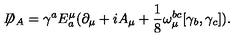
\not { \! \! D } _ { A } = \gamma ^ { a } E _ { a } ^ { \mu } ( \partial _ { \mu } + i A _ { \mu } + \frac { 1 } { 8 } \omega _ { \mu } ^ { b c } [ \gamma _ { b } , \gamma _ { c } ] ) .